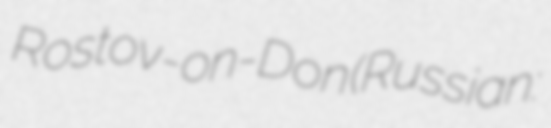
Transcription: Rostov-on-Don (Russian: